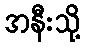
အနီးသို့